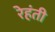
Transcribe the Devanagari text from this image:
रेहंती